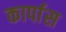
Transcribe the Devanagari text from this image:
कार्पास